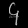
Digit: ၄